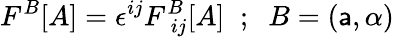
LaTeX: F^{B}[A]=\epsilon^{ij}F_{\; ij}^{B}[A]\; \; ;\; \; B=\left(\mathsf{a},\alpha\right)